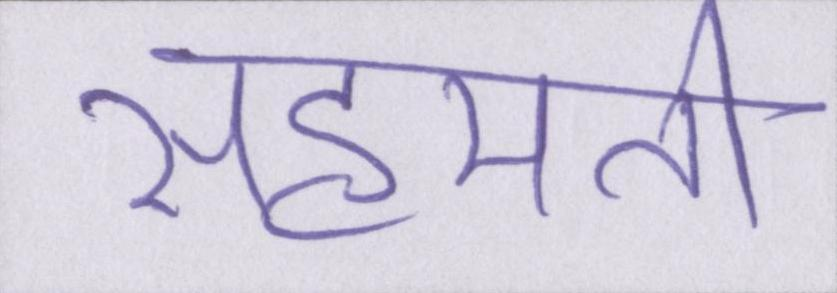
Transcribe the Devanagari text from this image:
सहमति